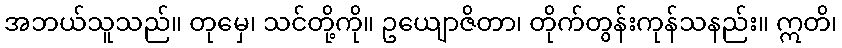
အဘယ်သူသည်။ တုမှေ၊ သင်တို့ကို။ ဥယျောဇိတာ၊ တိုက်တွန်းကုန်သနည်း။ ဣတိ၊